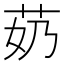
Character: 𫇵